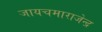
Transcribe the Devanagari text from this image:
जायचमाराजेन्द्र